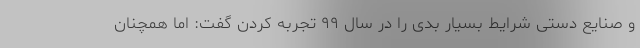
و صنایع دستی شرایط بسیار بدی را در سال ۹۹ تجربه کردن گفت: اما همچنان